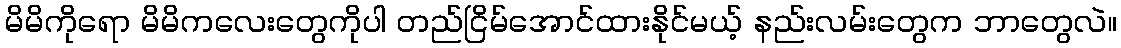
မိမိကိုရော မိမိကလေးတွေကိုပါ တည်ငြိမ်အောင်ထားနိုင်မယ့် နည်းလမ်းတွေက ဘာတွေလဲ။